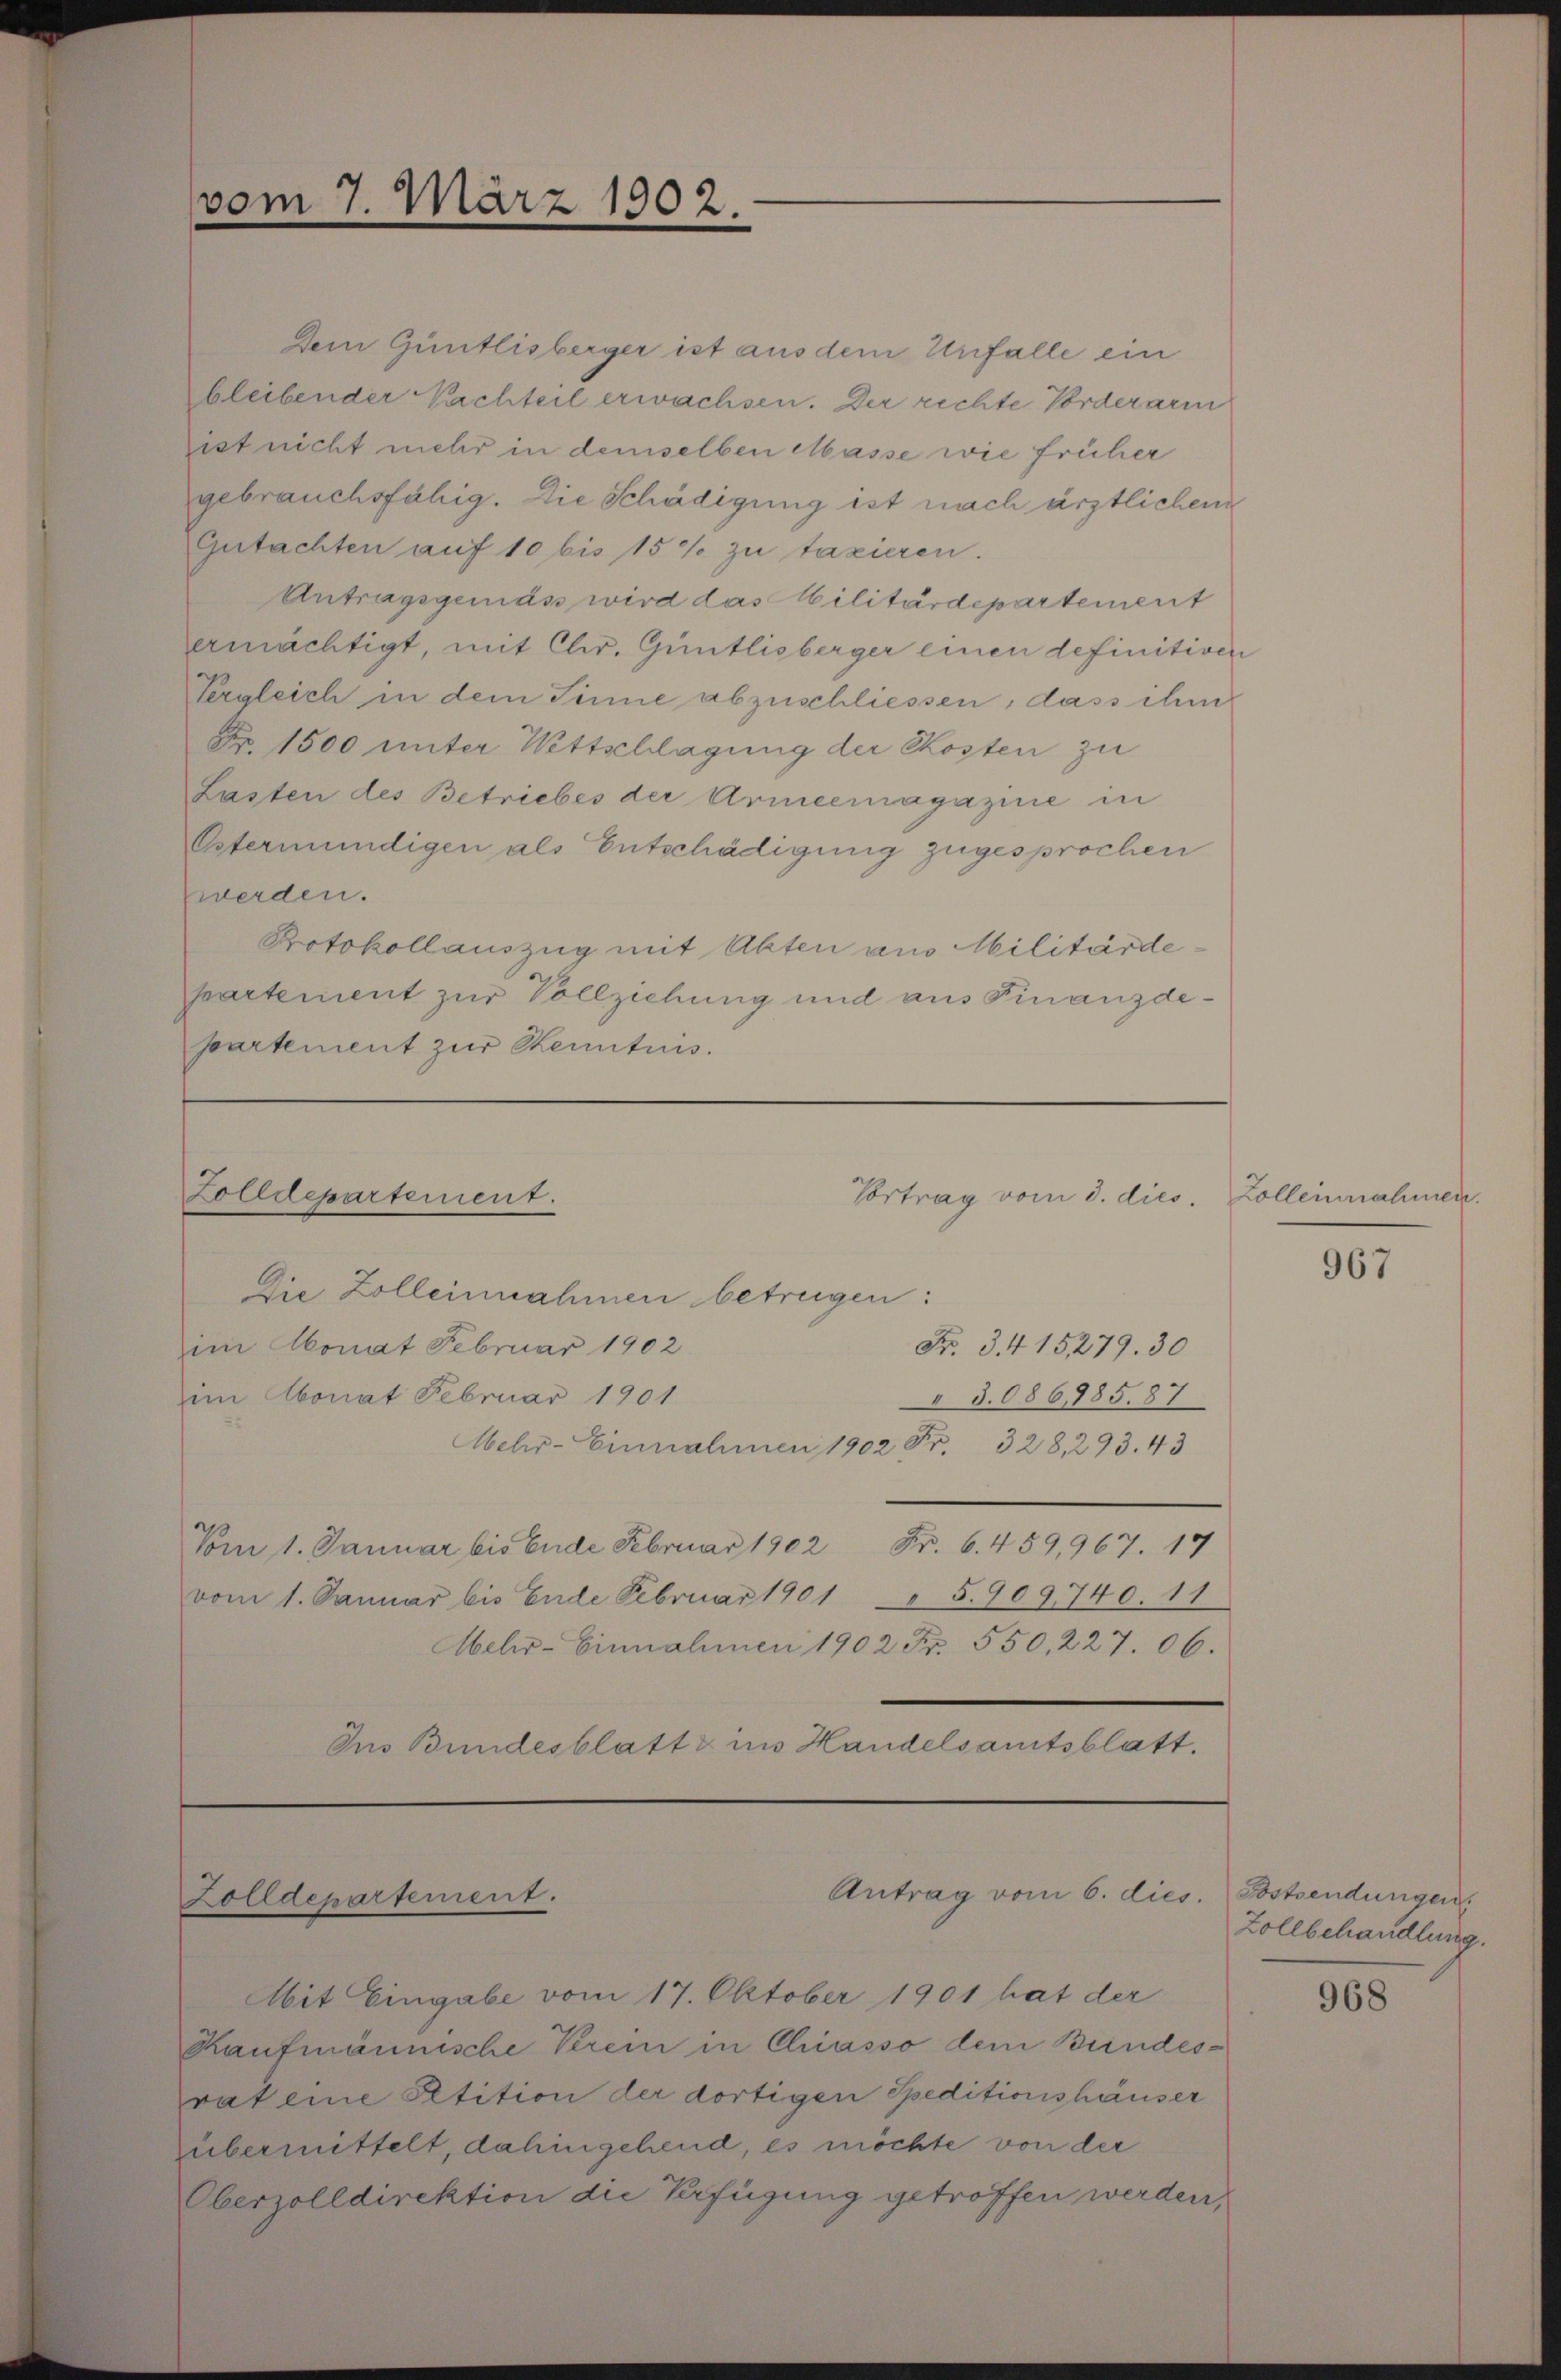
vom 7. März 1902.

Dem Güntlisberger ist aus dem Unfalle ein
bleibender Nachteil erwachsen. Der rechte Vorderarm
ist nicht mehr in demselben Masse wie früher
gebrauchsfähig. Die Schädigung ist nach ärztlichen
Gutachten auf 10 bis 15% zu taxieren.
Antragsgemäss wird das Militärdepartement
ermächtigt, mit Chr. Güntlisberger einen definitiven
Ergleich in dem Sinne abzuschliessen, dass ihm
Nr. 1500 unter Wittschlagung der Kosten zu
Lasten des Betriebes der Armeemagazine in
Estermündigen als Entschädigung zugesprochen
werden.
Protokollauszug mit Akten aus Militärde
partement zur Vollziehung und aus Finanzdepartement zur Kenntnis.

Zolldepartement.

Zolldepartement.

Vortrag vom 3. dies

Antrag vom 6. dies. Postsendungen.

Die Zolleinnahmen betrügen:
im Monat Februar 1902
Fr. 3.415279. 30
3.086885. 87
im Monat Februar 1901
Mehr-Einnahmen 1902 Fr. 328, 293. 43
Vom 1. Januar bis Ende Februar 1902 Fr. 6. 459,967. 17
5.909740. 11
vom 1. Januar bis Ende Februar 1901
Aehr-Einnahmen 1902 Fr. 550, 227. 06.
Ins Bundesblatt & in Handelsamtsblatt.

Mit Eingabe vom 17. Oktober 1901 hat der
Kaufmännische Verein in Chiasso dem Bundes-
rat eine Petition der dortigen Speditionshäuser
zübermittelt, dahingehend, es möchte von der
Oberzolldirektion die Verfügung getroffen werden,

Zolleinnahmen

967

Zollbehandlung.

968